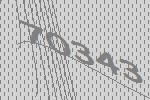
70343